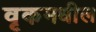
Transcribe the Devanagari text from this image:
वृकमधील